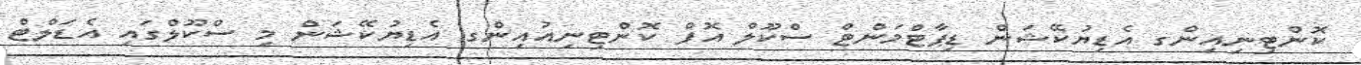
ކޮންޓިނިއިންގ އެޑިޔުކޭޝަން ޑިޕާޓްމަންޓް ސްކޫލް އޮފް ކޮންޓިނިއުއިންގ އެޑިޔުކޭޝަން މި ސްކޫލްގައި އެޑަލްޓް